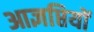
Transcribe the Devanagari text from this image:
आज्ञप्तियों